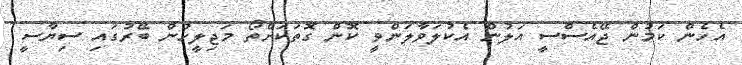
އެހެން ކަމުން ޖޭއެސްސީ އަލުން އެކުލަވާލަންވީ ކޮން ގޮތަކަށްތޯ މަޖިލީހުން ބޭރުގައި ސިޔާސީ